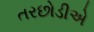
તરછોડીએ